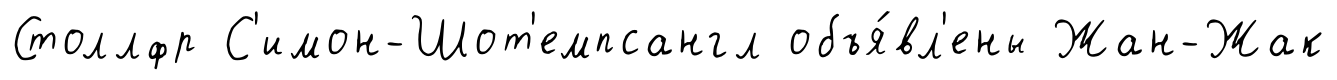
Столлфр С'имон-Шот'емпсангл объя́вл'ены Жан-Жак